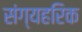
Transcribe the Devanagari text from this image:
संग्यहरिक